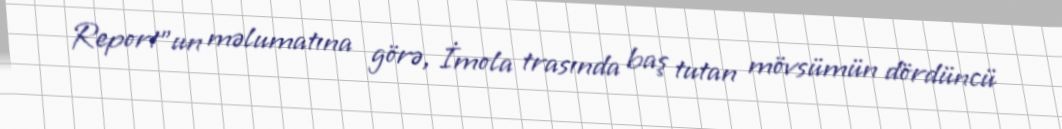
Report"un məlumatına görə, İmola trasında baş tutan mövsümün dördüncü